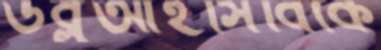
ডব্লুআইসিবিকে